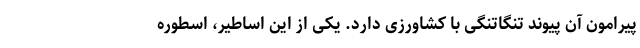
پیرامون آن پیوند تنگاتنگی با کشاورزی دارد. یکی از این اساطیر، اسطوره